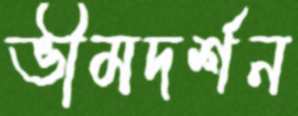
ভীমদর্শন